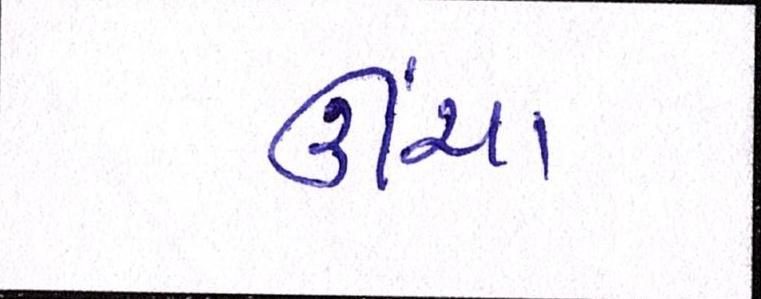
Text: ઊંચા